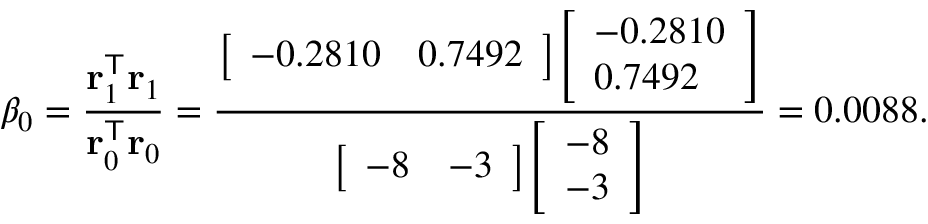
\beta _ { 0 } = { \frac { \mathbf { r } _ { 1 } ^ { \mathsf { T } } \mathbf { r } _ { 1 } } { \mathbf { r } _ { 0 } ^ { \mathsf { T } } \mathbf { r } _ { 0 } } } = { \frac { { \left[ \begin{array} { l l } { - 0 . 2 8 1 0 } & { 0 . 7 4 9 2 } \end{array} \right] } { \left[ \begin{array} { l } { - 0 . 2 8 1 0 } \\ { 0 . 7 4 9 2 } \end{array} \right] } } { { \left[ \begin{array} { l l } { - 8 } & { - 3 } \end{array} \right] } { \left[ \begin{array} { l } { - 8 } \\ { - 3 } \end{array} \right] } } } = 0 . 0 0 8 8 .